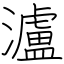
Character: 瀘